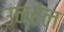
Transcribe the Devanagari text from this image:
उन्हेंल